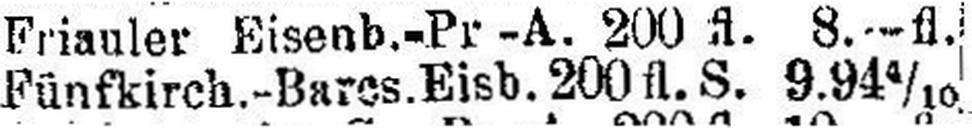
Fünfkirch.-Barcs. Eisb. 200 fl. S. 9.94 4/10